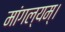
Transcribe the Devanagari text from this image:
मांगल्यम्।